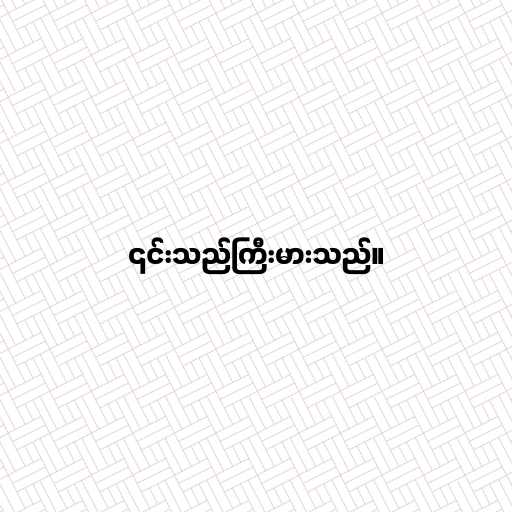
၎င်းသည်ကြီးမားသည်။